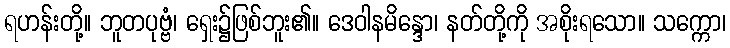
ရဟန်းတို့။ ဘူတပုဗ္ဗံ၊ ရှေး၌ဖြစ်ဘူး၏။ ဒေဝါနမိန္ဒော၊ နတ်တို့ကို အစိုးရသော။ သက္ကော၊